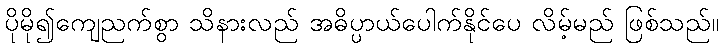
ပိုမို၍ကျေညက်စွာ သိနားလည် အဓိပ္ပာယ်ပေါက်နိုင်ပေ လိမ့်မည် ဖြစ်သည်။